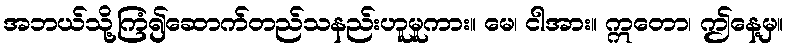
အဘယ်သို့ကြံ၍ဆောက်တည်သနည်းဟူမူကား။ မေ၊ ငါအား။ ဣတော၊ ဤနေ့မှ။